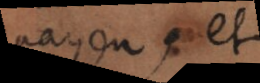
payen, et